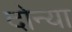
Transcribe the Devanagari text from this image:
दोन्या